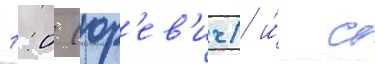
1:0 (юр'ев'ич) и́ с